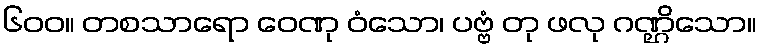
၆၀၀။ တစသာရော ဝေဏု ဝံသော၊ ပဗ္ဗံ တု ဖလု ဂဏ္ဌိသော။